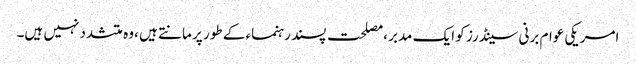
امریکی عوام برنی سینڈرز کو ایک مدبر ،مصلحت پسند رہنماء کے طور پر مانتے ہیں ،وہ متشدد نہیں ہیں۔